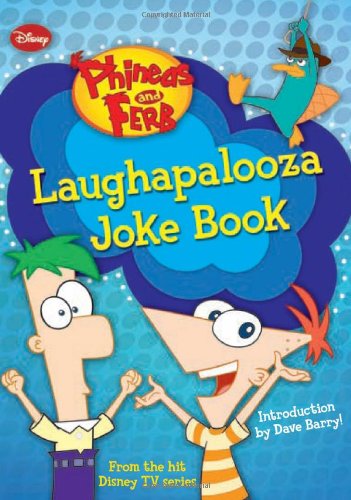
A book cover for Phineas and Ferb Laughapalooza Joke Book; Kitty Richards; Children's Books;